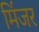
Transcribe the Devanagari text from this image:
मिंजर